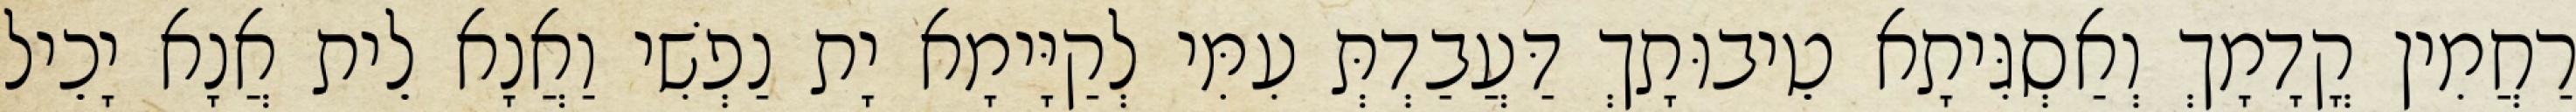
רַחֲמִין קֳדָמָךְ וְאַסְגִּיתָא טֵיבוּתָךְ דַּעֲבַדְתְּ עִמִּי לְקַיָּימָא יָת נַפְשִׁי וַאֲנָא לֵית אֲנָא יָכֵיל